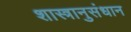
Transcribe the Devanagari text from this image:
शास्त्रानुसंधान